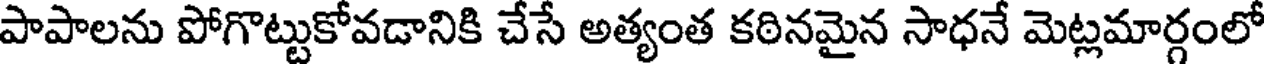
పాపాలను పోగొట్టుకోవడానికి చేసే అత్యంత కఠినమైన సాధనే మెట్లమార్గంలో